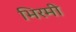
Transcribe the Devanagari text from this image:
भिरमी